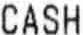
CASH